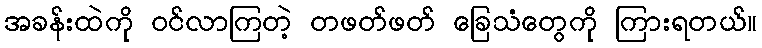
အခန်းထဲကို ဝင်လာကြတဲ့ တဖတ်ဖတ် ခြေသံတွေကို ကြားရတယ်။